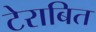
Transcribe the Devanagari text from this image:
टेराबित